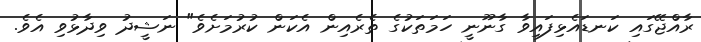
ރާއްޖޭގައި ކަނޑައެޅިފައިވާ ގާނޫނީ ހަމަތަކުގެ ތެރެއިން އެކަން ކުރުމަށެވެ" ނަޝީދު ވިދާޅުވި އެވެ.